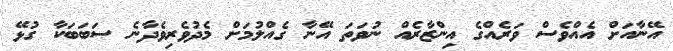
އޭނާއަށް އެއްވެސް ވަރެއްގެ އިންޒާރެއް ނުވަތަ އޭނާ ގެއްލުމަށް މެދުވެރިވެދާނެ ސަބަބަކާ ގުޅޭ